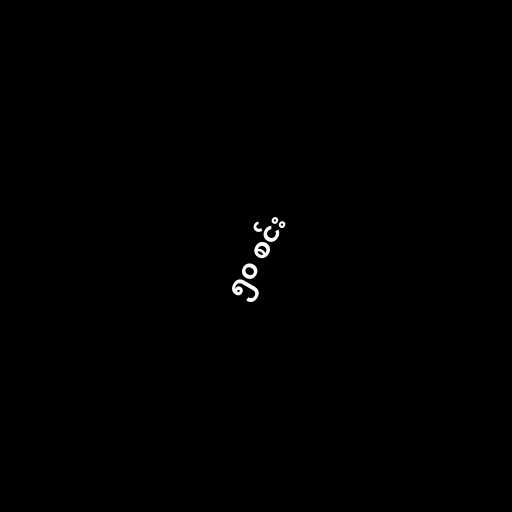
၅၀ စင်း